Insane asylums in Bengal annual reports 1867-1875 - 1867-1875
Year: 1867
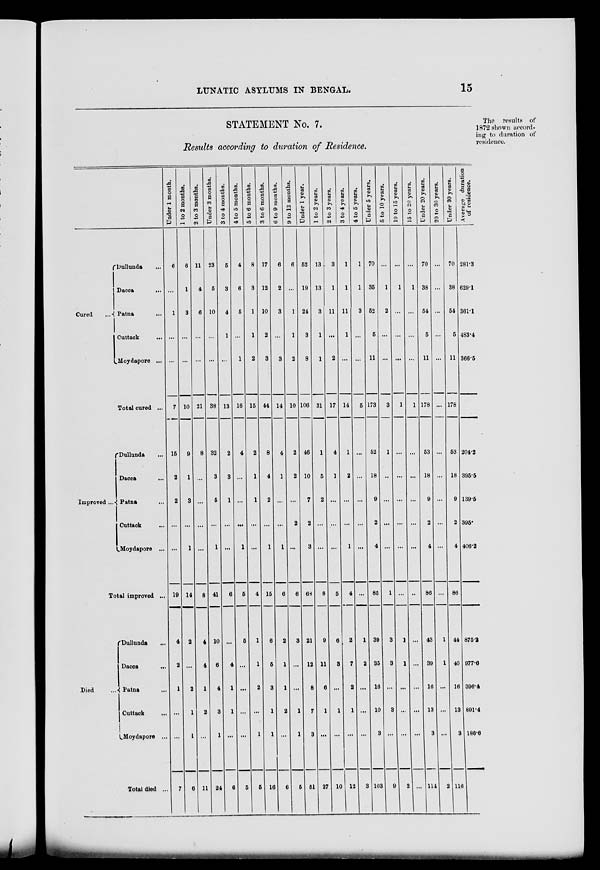
LUNATIC ASYLUMS IN BENGAL.
15
STATEMENT No. 7.
Results according to duration of Residence.
The results of
1872 shown accord-
ing to duration of
residence.
Cured ...
Dullunda ...
Dacca ...
Patna ...
Cuttack ...
Moydapore ...
Total cured ...
Improved ...
Dullunda ...
Dacca
...
Patna ...
Cuttack
...
Moydapore ...
Total improved ...
Died ...
Dullunda ...
Dacca
...
Patna ...
Cuttack
...
Moydapore ...
Total died ...
Under 1 month.
6
...
1
...
...
7
15
2
2
...
...
10
4
2
1
...
...
7
1 to 2 months.
6
1
3
...
...
10
9
1
3
...
1
14
2
...
2
1
1
6
2 to 3 months.
11
4
6
...
...
21
8
...
...
...
...
8
4
4
1
2
...
11
Under 3 months.
23
5
10
...
...
38
32
3
5
...
1
41
10
6
4
3
1
24
3 to 4 months.
5
3
4
1
...
13
2
3
1
...
...
6
...
4
1
1
...
6
4 to 5 months.
4
6
5
...
1
16
4
...
...
...
1
5
5
...
...
...
...
5
5 to 6 months.
8
3
1
1
2
15
2
1
1
...
...
4
1
1
2
...
1
5
3 to 6 months.
17
12
10
2
3
44
8
4
2
...
1
15
6
5
3
1
1
16
6 to 9 months.
6
2
3
...
3
14
4
1
...
...
1
6
2
1
1
2
...
6
9 to 12 months.
6
...
1
1
2
10
2
2
...
2
...
6
3
...
...
1
1
6
Under 1 year.
52
19
24
3
8
106
46
10
7
2
3
68
21
12
8
7
3
51
1 to 2 years.
13
13
3
1
1
31
1
5
2
...
...
8
9
11
6
1
...
27
2 to 3 years.
3
1
11
...
2
17
4
1
...
...
...
5
6
8
...
1
...
10
3 to 4 years.
1
1
11
1
...
14
1
2
...
...
1
4
2
7
2
1
...
12
4 to 5 years.
1
1
3
...
...
5
...
...
...
...
...
...
1
2
...
...
...
3
Under 5 years.
70
35
52
5
11
173
52
18
9
2
4
85
39
35
16
10
3
103
5 to 10 years.
...
1
2
...
...
3
1
...
...
...
...
1
3
3
...
3
...
9
10 to 15 years.
...
1
...
...
...
1
...
...
...
...
...
...
1
1
...
...
...
2
15 to 20 years.
...
1
...
...
...
1
...
...
...
...
...
...
...
...
...
...
...
...
Under 20 years.
70
38
54
5
11
178
53
18
9
2
4
86
43
39
16
13
3
114
20 to 30 years.
...
...
...
...
...
...
...
...
...
...
...
...
1
1
...
...
...
2
Under 30 years.
70
38
54
5
11
178
53
18
9
2
4
86
44
40
16
13
3
116
Average duration
of residence.
281.3
629.1
361.1
483.4
366.5
204.2
395.5
139.5
395.
406.2
875.2
977.6
396.4
891.4
186.6